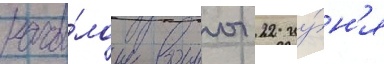
нача́лом воины 22 иу́н'я